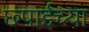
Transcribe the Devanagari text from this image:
छ्पाईच्या